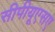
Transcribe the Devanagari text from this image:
सीपीयूएसए